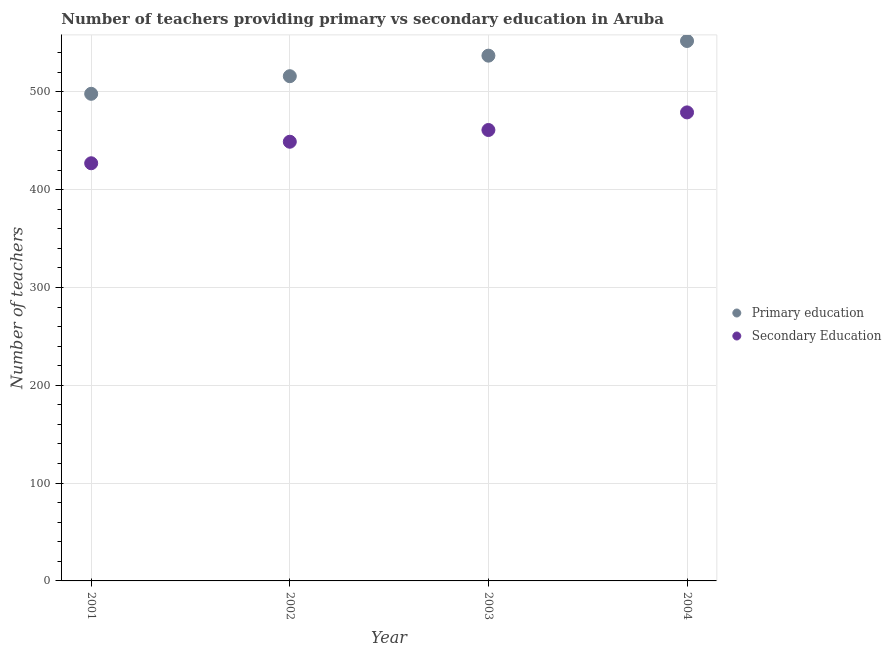
| Year | Primary education | Secondary Education |
 | --- | --- | --- |
 | 2001 | 498 | 427 |
 | 2002 | 516 | 449 |
 | 2003 | 537 | 461 |
 | 2004 | 552 | 479 |